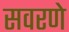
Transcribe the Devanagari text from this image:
सवरणे